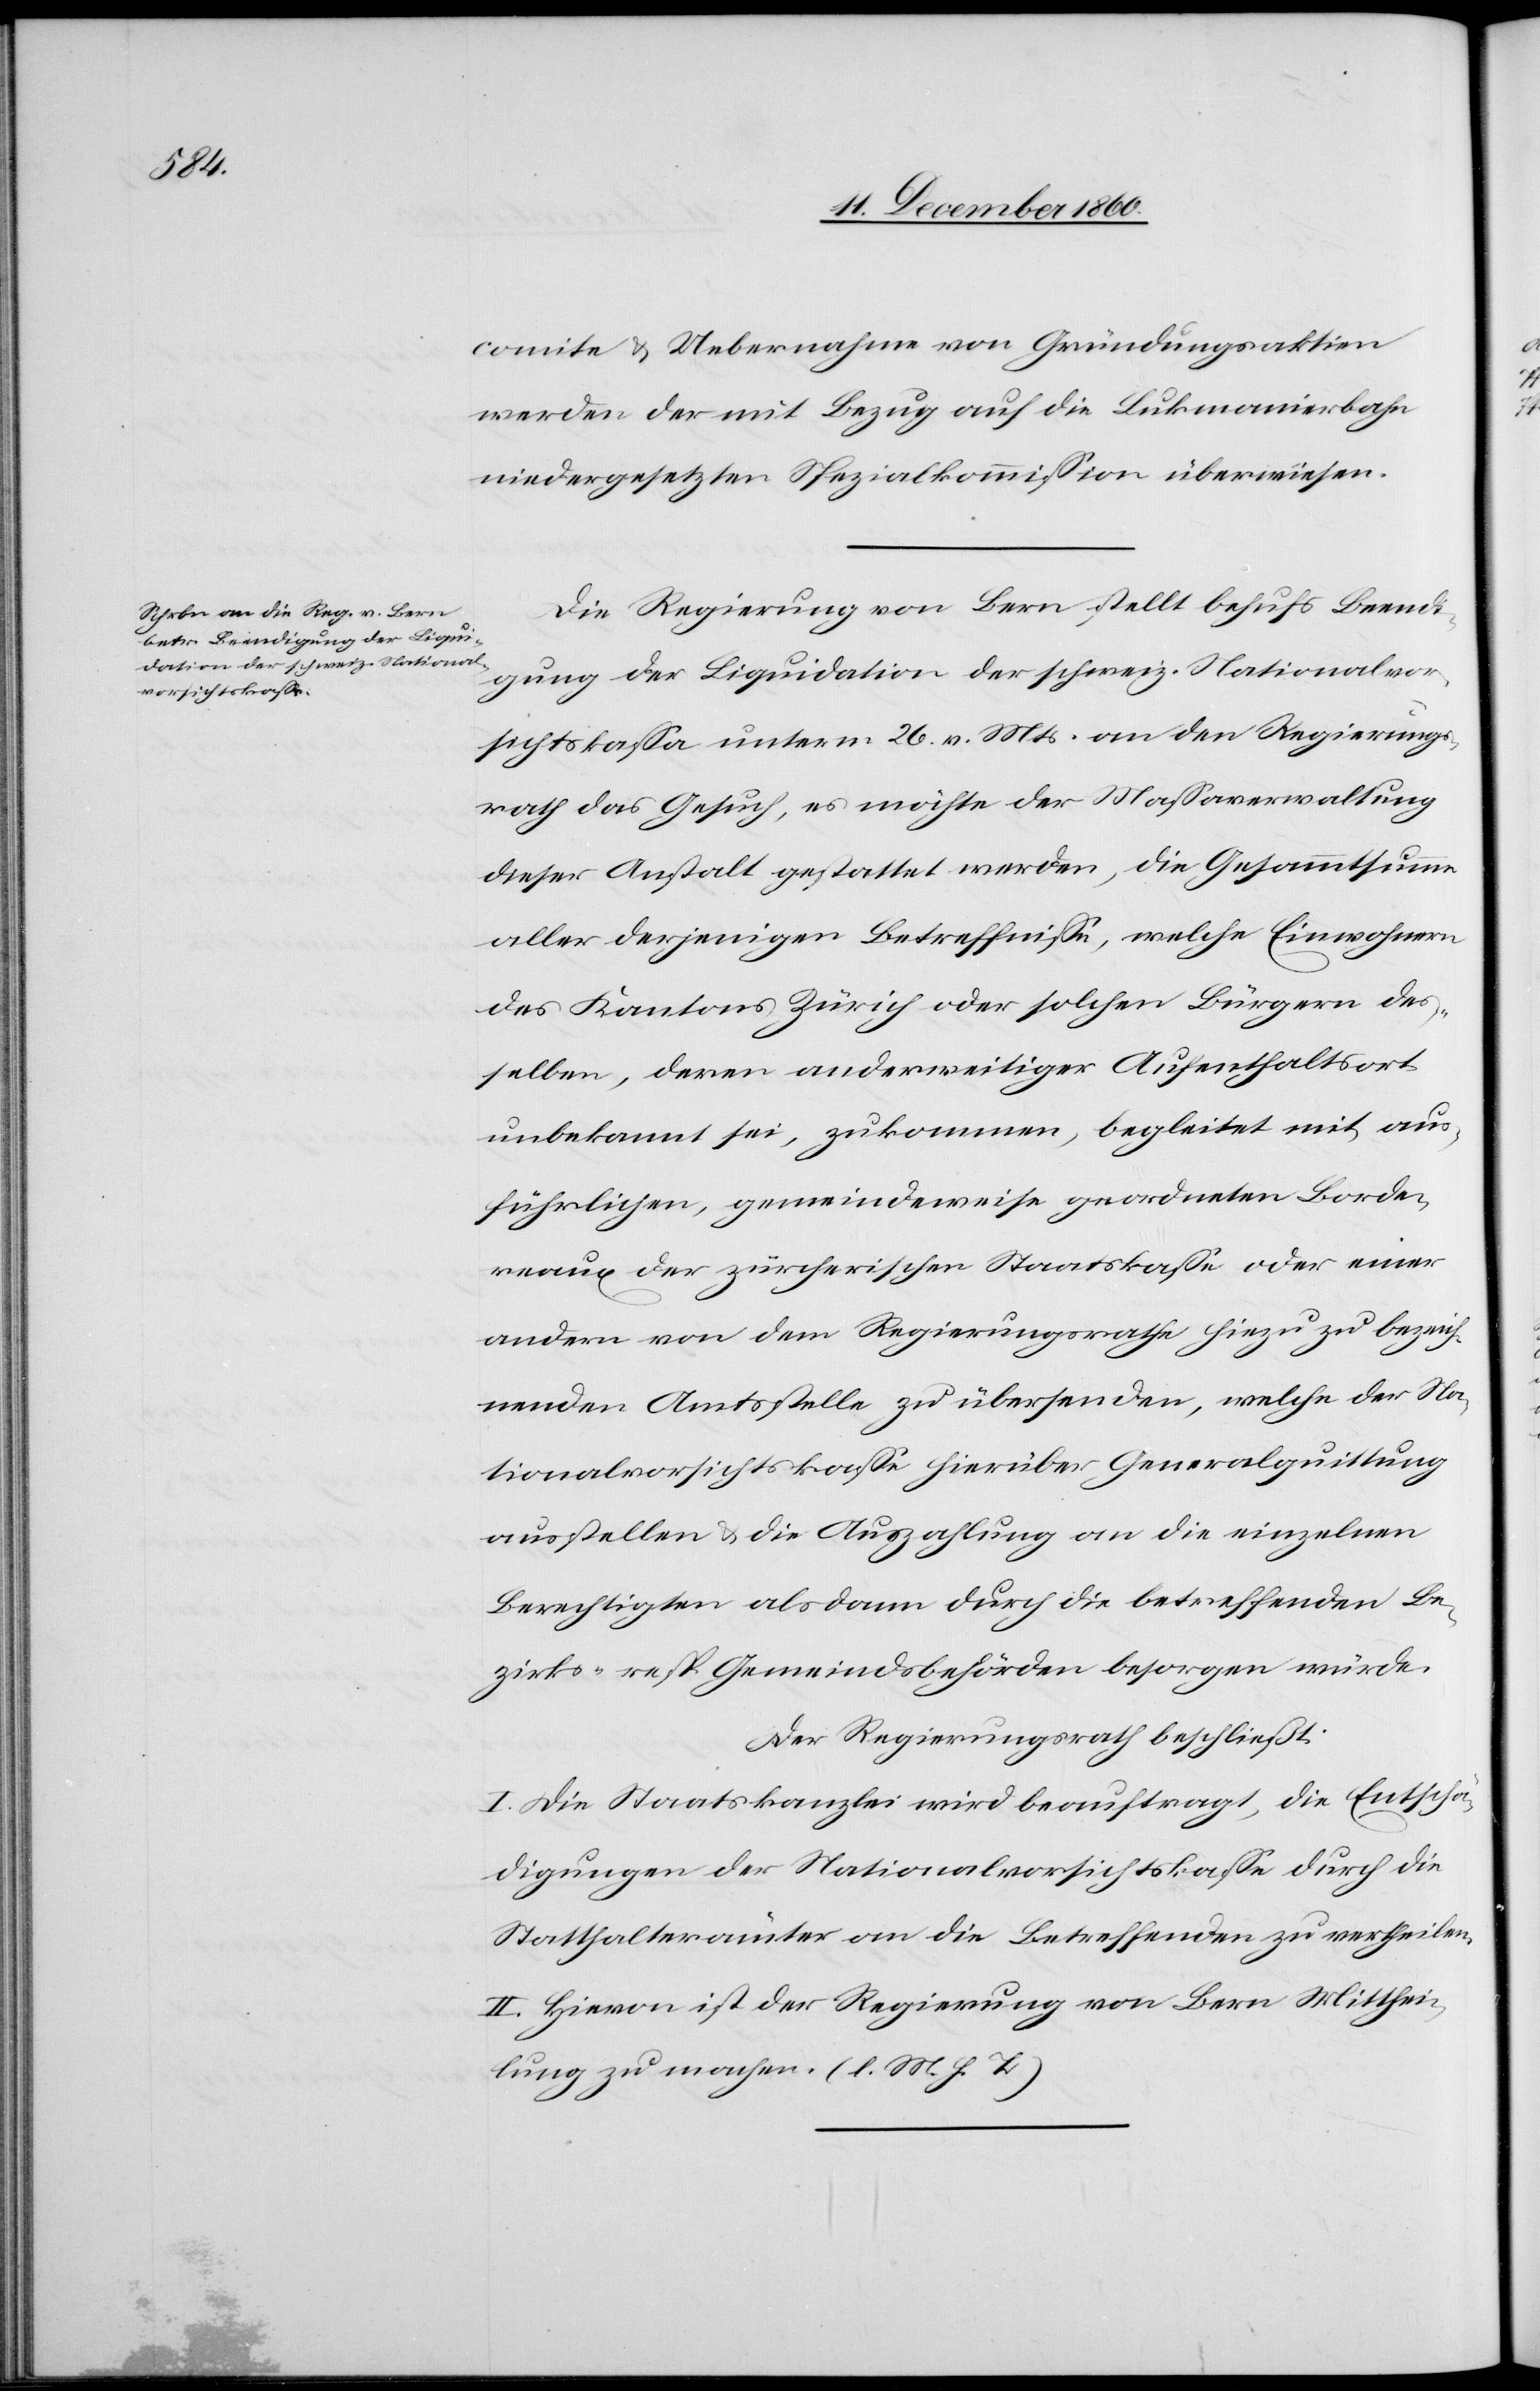
comite u. Uebernahme von Gründungsaktien
werden der mit Bezug auf die Lukmanierbahn
niedergesetzten Spezialkommission überwiesen.
Die Regierung von Bern stellt behufs Beendi¬
gung der Liquidation der schweiz. Nationalvor¬
sichtskassa unterm 26. v. Mts. an den Regierungs¬
rath das Gesuch, es möchte der Massaverwaltung
dieser Anstalt gestattet werden, die Gesammtsumme
aller derjenigen Betreffnisse, welche Einwohnern
des Kantons Zürich oder solchen Bürgern des¬
selben, deren anderweitiger Aufenthaltsort
unbekannt sei, zukommen, begleitet mit aus¬
führlichen, gemeindeweise geordneten Borde¬
raux der zürcherischen Staatskasse oder einer
andern von dem Regierungsrathe hiezu zu bezeich¬
nenden Amtsstelle zu übersenden, welche der Na¬
tionalvorsichtskasse hierüber Generalquittung
ausstellen u. die Auszahlung an die einzelnen
Berechtigten als dann durch die betreffenden Be¬
zirks- resp. Gemeindsbehörden besorgen würde.
Der Regierungsrath beschließt:
I. Die Staatskanzlei wird beauftragt, die Entschä¬
digungen der Nationalvorsichtkasse durch die
Statthalterämter an die Betreffenden zu vertheilen.
II. Hievon ist der Regierung von Bern Mitthei¬
lung zu machen. (l. M. h. T.)